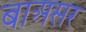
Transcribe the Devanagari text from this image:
बाअसर